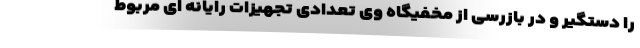
را دستگیر و در بازرسی از مخفیگاه وی تعدادی تجهیزات رایانه ای مربوط